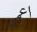
اعمى